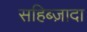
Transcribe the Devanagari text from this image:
सहिब्ज़ादा